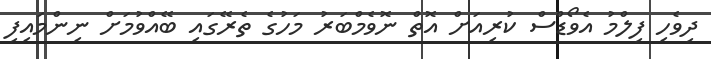
ދިވެހި ފިލްމު އެވޯޑްސް ކުރިއަށް އޮތް ނޮވެމްބަރު މަހުގެ ތެރޭގައި ބޭއްވުމަށް ނިންމައިފި